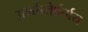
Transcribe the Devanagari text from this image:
आर्बाय्तेर्पर्ताय